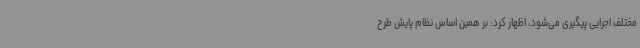
مختلف اجرایی پیگیری می‌شود، اظهار کرد: بر همین اساس نظام پایش طرح